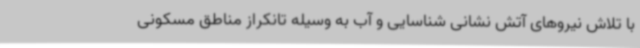
با تلاش نیروهای آتش نشانی شناسایی و آب به وسیله تانکراز مناطق مسکونی